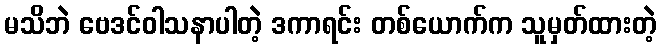
မသိဘဲ ဗေဒင်ဝါသနာပါတဲ့ ဒကာရင်း တစ်ယောက်က သူမှတ်ထားတဲ့